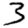
Digit: 3